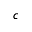
c